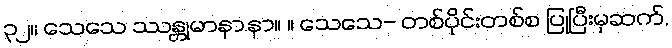
၃၂။ သေသေ ဿန္တုမာနာ.နာ။ ။ သေသေ- တစ်ပိုင်းတစ်စ ပြုပြီးမှဆက်,